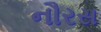
નૌરસ